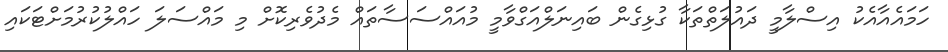
ހަމައެއާއެކު އިސްލާމީ ދައުލަތްތަކާ ގުޅިގެން ބައިނަލްއަގްވާމީ މުއައްސަސާތައް މެދުވެރިކޮށް މި މައްސަލަ ހައްލުކުރުމަށްޓަކައި